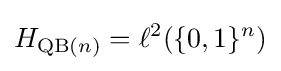
H_{\operatorname {QB} (n)}=\ell ^{2}(\{0,1\}^{n})